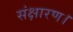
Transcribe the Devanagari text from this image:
संक्षारण।